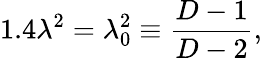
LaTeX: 1.4\lambda^{2}=\lambda_{0}^{2}\equiv\frac{D-1}{D-2},